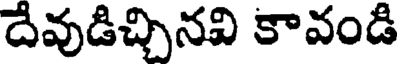
దేవుడిచ్చినవి కావండి